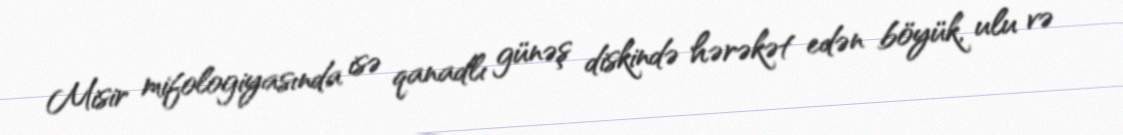
Misir mifologiyasında isə qanadlı günəş diskində hərəkət edən böyük, ulu və